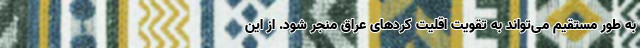
به طور مستقیم می‌تواند به تقویت اقلیت کردهای عراق منجر شود. از این